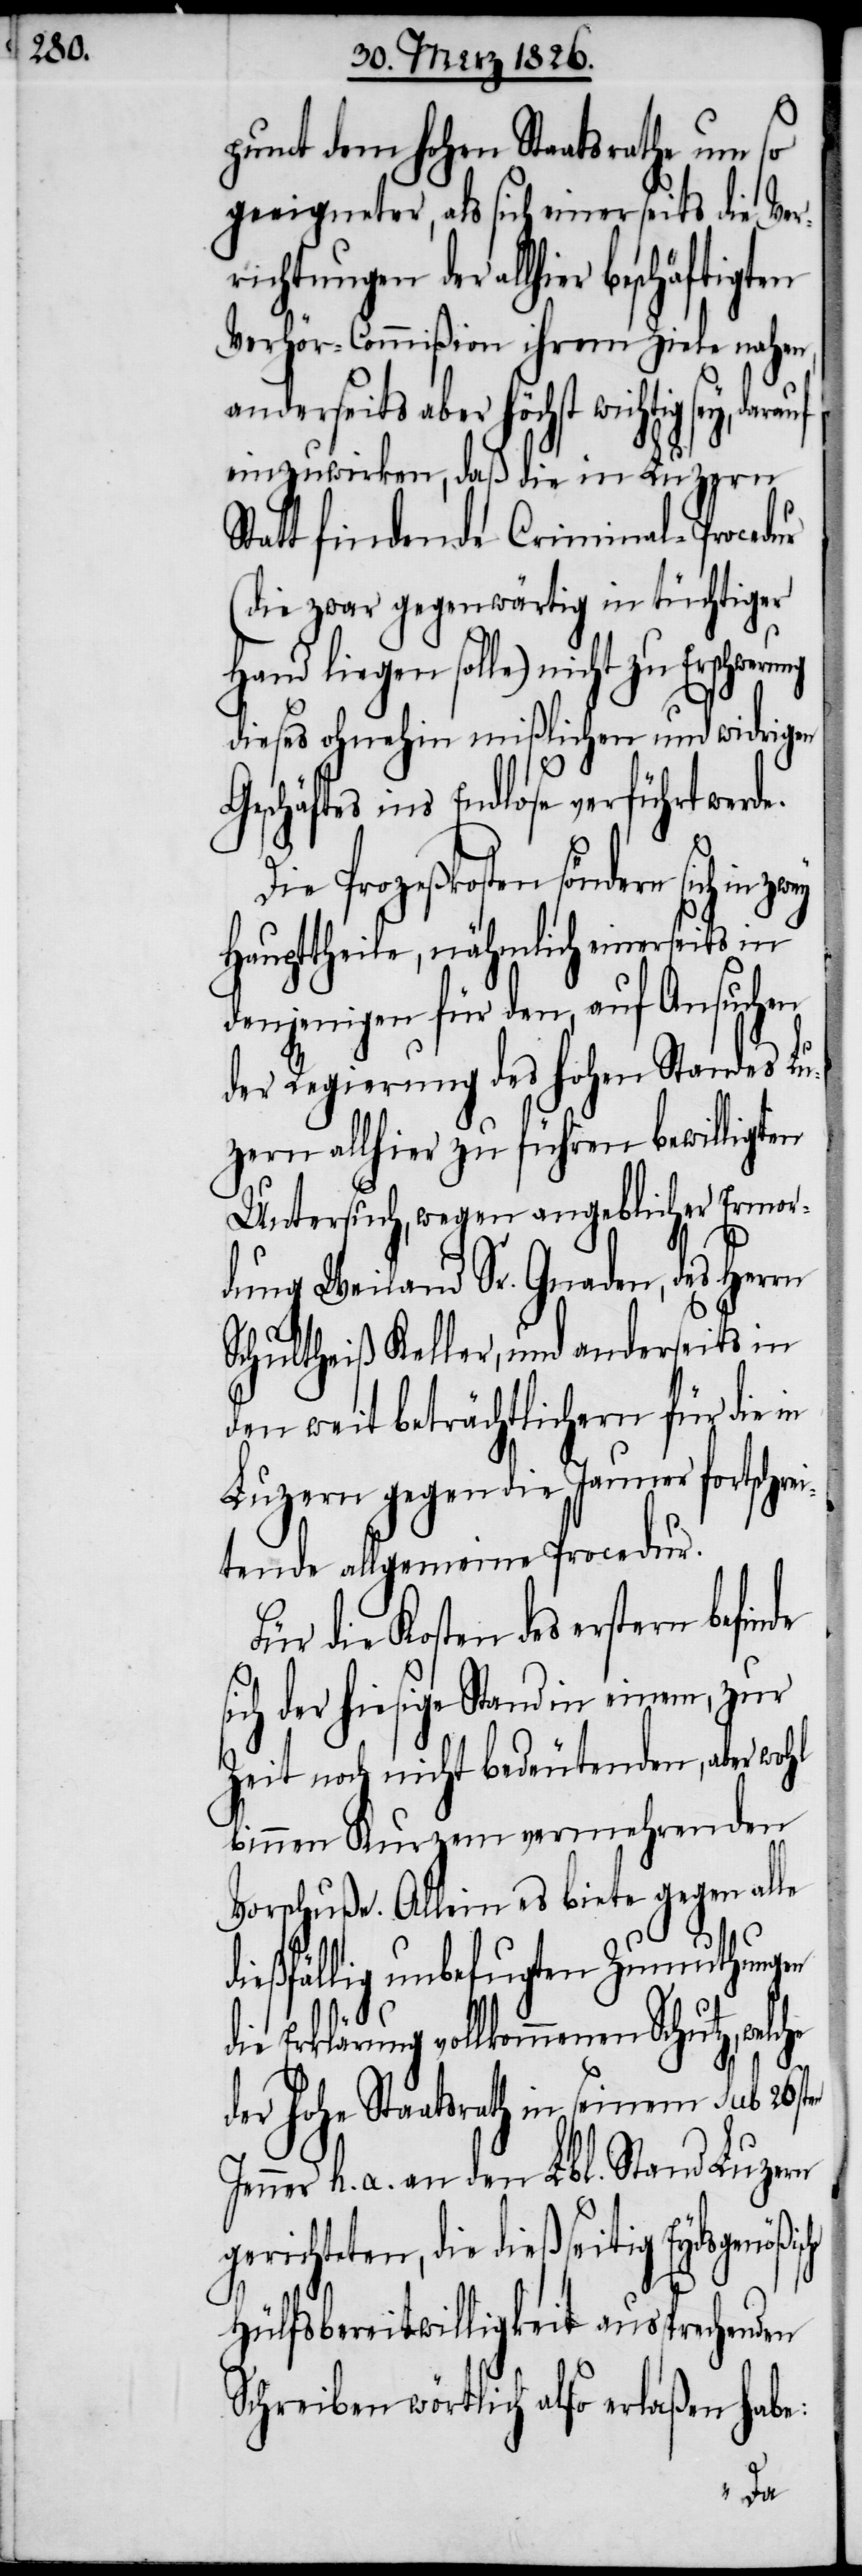
punct dem hohen Staatsrathe um so
geeigneter, als sich einerseits die Ver¬
richtungen der allhier
Verhör-Commißion ihrem Ziele nahen,
anderseits aber höchst wichtig sey,
einzuwirken, daß die in Luzern
Statt findende Criminal-Procedur
(die zwar gegenwärtig in tüchtiger
Hand liegen solle) nicht zu
dieses ohnehin mißlichen und widrigen
schäftes ins Endlose verführt wer¬
Die Prozeßkosten söndern sich in
Haupttheile, nähmlich einerseits in
denjenigen für den, auf Ansuchen
der Regierung des hohen Standes Lu¬
zern allhier zu führen bewilligten
Untersuch, wegen angeblicher Ermor¬
dung Weiland Sr. Gnaden, des Herrn
Schultheiß Keller, und anderseits in
den weit beträchtlichern für die
Luzern gegen die Jauner fortschr¬
eitende allgemeine Procedur.
Für die Kosten des erstern
sich der hiesige Stand in einem, zur
Zeit noch nicht bedeutenden, aber wohl
binnen Kurzem vernehmenden
Vorschuße. Allein es biete gegen alle
dießfällig unbefugten Zumuthungen
die Erklärung vollkommenen Schutz,
der hohe Staatsrath in seinem sub 26sten
Jenner h. a. an den Lbl. Stand Luzern
gerichteten, die dießseitig Eydsgenößi¬
Hülfsbereitwilligkeit aussprechenden
Schreiben wörtlich also erlaßen habe:
sche